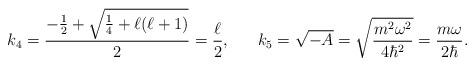
LaTeX: \begin{align*}k_4=\frac{-\frac{1}{2}+\sqrt{\frac{1}{4}+\ell(\ell+1)}}{2}=\frac{\ell}{2},\ \ \ \ \ k_5=\sqrt{-A}=\sqrt{\frac{m^2\omega^2}{4\hbar^2}}=\frac{m\omega}{2\hbar}.\end{align*}